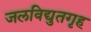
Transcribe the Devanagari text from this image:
जलविद्युतगृह